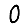
Digit: 0